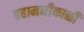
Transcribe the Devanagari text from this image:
बहामनीकाळी